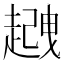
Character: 𧽈